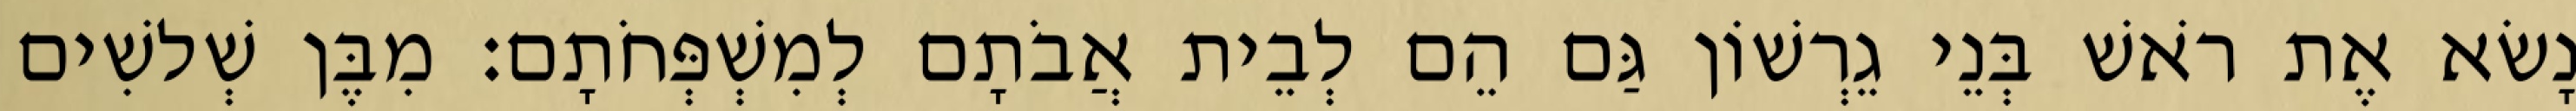
נָשׂא אֶת רֹאשׁ בְּנֵי גֵרְשׁוֹן גַּם הֵם לְבֵית אֲבֹתָם לְמִשְׁפְּחֹתָם׃ מִבֶּן שְׁלשִׁים